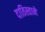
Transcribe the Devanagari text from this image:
दातिस्ताने